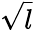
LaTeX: \sqrt{l}